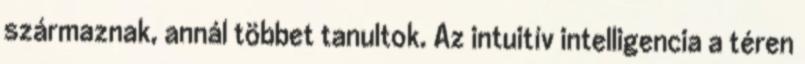
származnak, annál többet tanultok. Az intuitív intelligencia a téren